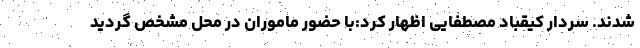
شدند. سردار کیقباد مصطفایی اظهار کرد:با حضور ماموران در محل مشخص گردید